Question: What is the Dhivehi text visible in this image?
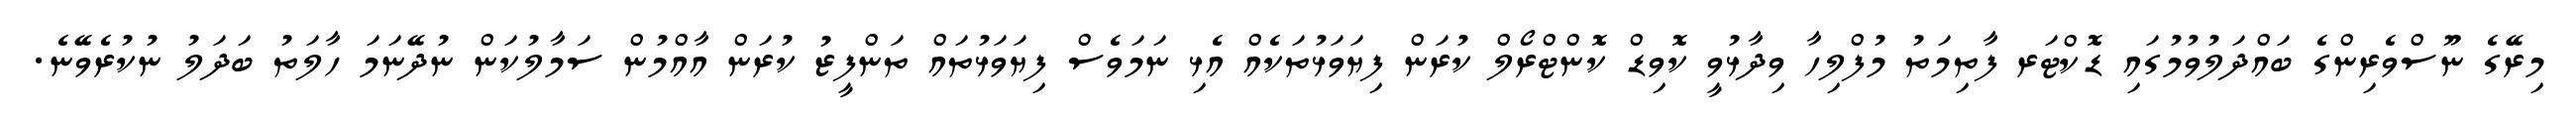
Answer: މިރޭގެ ނޫސްވެރިންގެ ބައްދަލުވުމުގައި ޑޮކްޓަރ ފާތިމަތު މުފްލިހާ ވިދާޅުވީ ކޮވިޑް ކޮންޓްރޯލް ކުރަން ފިޔަވަޅުތަކެއް އެޅި ނަމަވެސް ފިޔަވަޅުތައް ތަންފީޒު ކުރަން އާއްމުން ސަމާލުކަން ނުދޭނަމަ ހާލަތު ބަދަލު ނުކުރެވޭނެ.